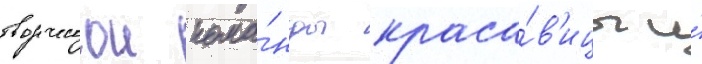
творческои кома́нды краса́в'ицы и́